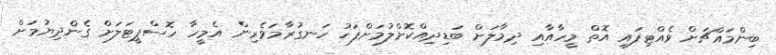
ބިންމައްޗަށް ވެއްޓިފައި އޮތް މީހާއާއި ދިމާލަށް ބަޑިދިއްކޮށްލުމަށްފަހު ހަނގުރާމަވެރިން އެމީހާ ހޮސްޕީޓަލަށް ގެންދިޔުމަށް